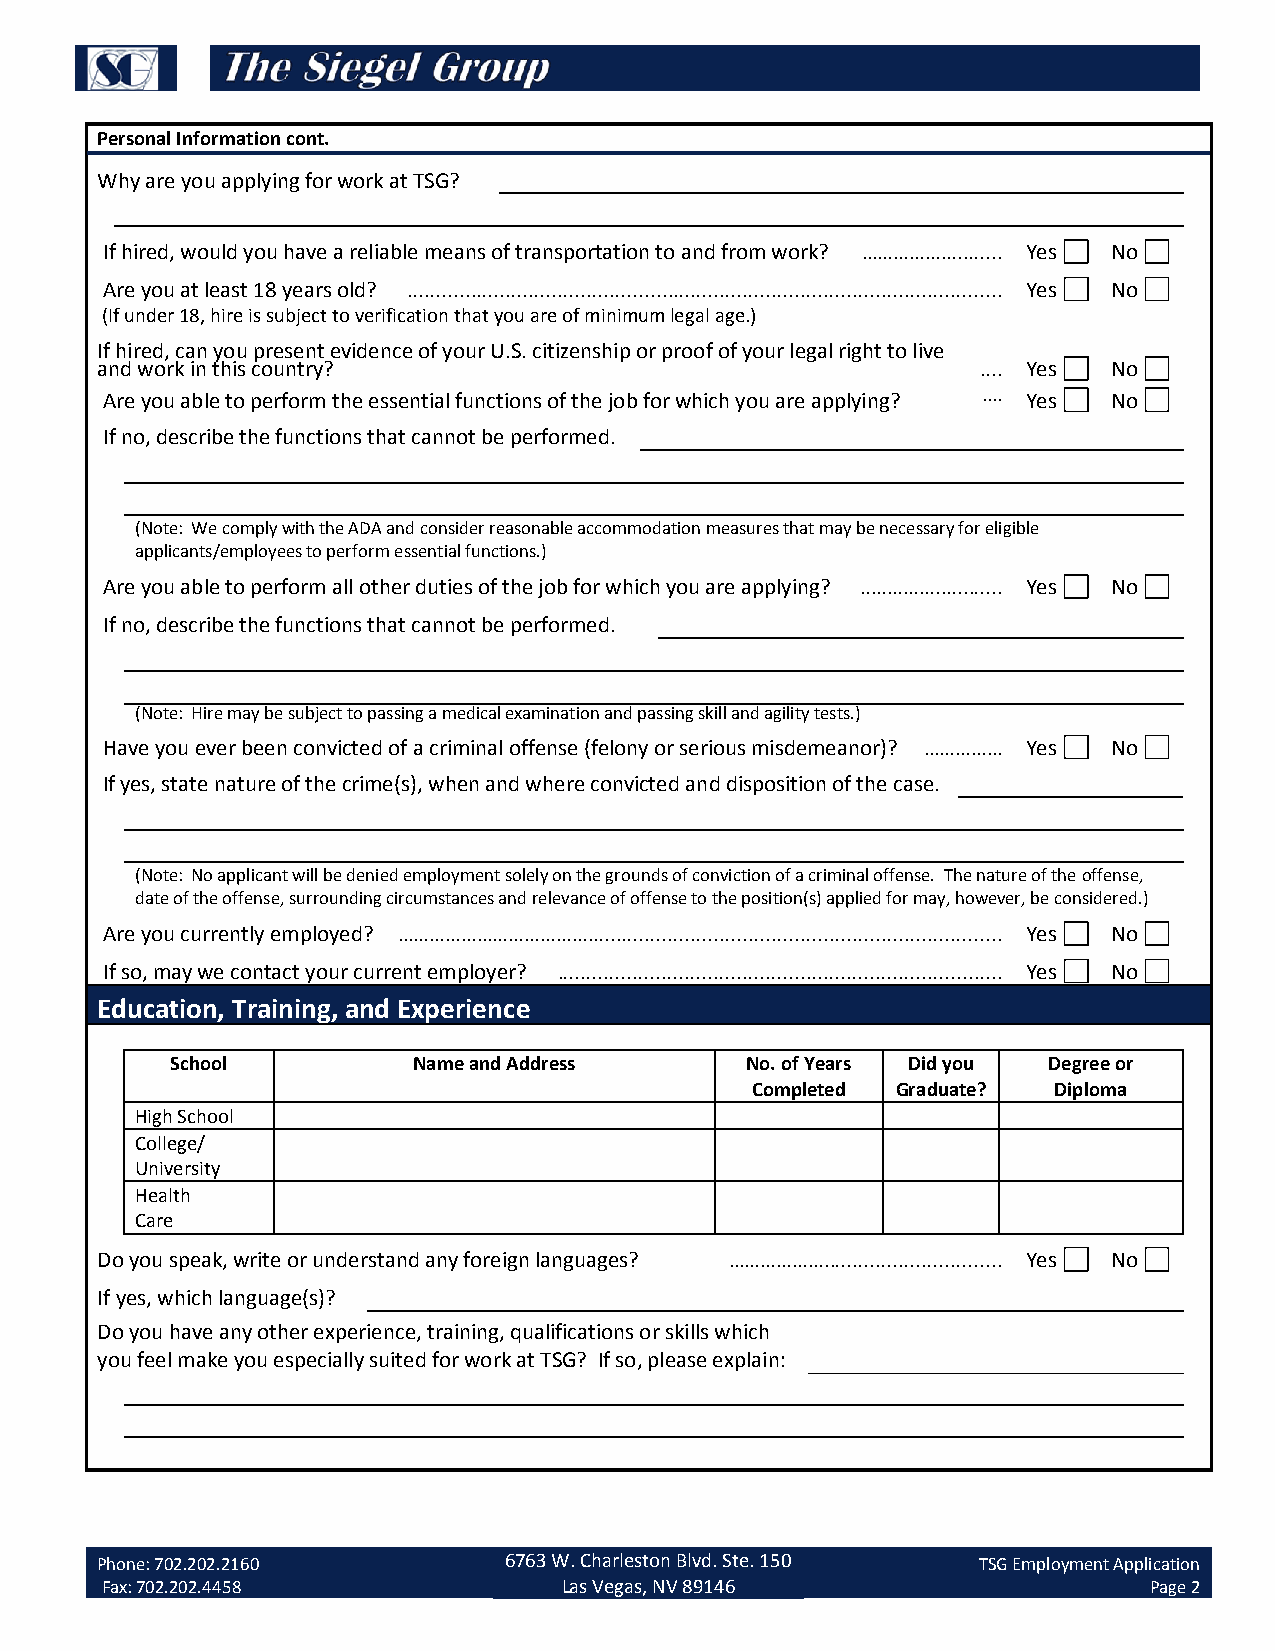
Personal Information cont.
 Why are you applying for work at TSG?
 If hired, would you have a reliable means of transportation to and from work? ………………........ Yes No
 Are you at least 18 years old? ....................................................................................................... Yes No
 (If under 18, hire is subject to verification that you are of minimum legal age.)
 If hired, can you present evidence of your U.S. citizenship or proof of your legal right to live
 and work in this country?                                  .... Yes No
 Are you able to perform the essential functions of the job for which you are applying? .… Yes No
 If no, describe the functions that cannot be performed.
 (Note: We comply with the ADA and consider reasonable accommodation measures that may be necessary for eligible
 applicants/employees to perform essential functions.)
 Are you able to perform all other duties of the job for which you are applying? ..………….…........ Yes No
 If no, describe the functions that cannot be performed.
 (Note: Hire may be subject to passing a medical examination and passing skill and agility tests.)
 Have you ever been convicted of a criminal offense (felony or serious misdemeanor)? …………… Yes No
 If yes, state nature of the crime(s), when and where convicted and disposition of the case.
 (Note: No applicant will be denied employment solely on the grounds of conviction of a criminal offense. The nature of the offense,
 date of the offense, surrounding circumstances and relevance of offense to the position(s) applied for may, however, be considered.)
 Are you currently employed? …………………………………..................................................................... Yes No
 If so, may we contact your current employer? ............................................................................. Yes No
 Education, Training, and Experience
 School          Name and Address      No. of Years Did you Degree or
 Completed Graduate? Diploma
 High School
 College/
 University
 Health
 Care
 Do you speak, write or understand any foreign languages? ………………............................... Yes No
 If yes, which language(s)?
 Do you have any other experience, training, qualifications or skills which
 you feel make you especially suited for work at TSG? If so, please explain:
 Phone: 702.202.2160        6763 W. Charleston Blvd. Ste. 150 TSG Employment Application
 Fax: 702.202.4458             Las Vegas, NV 89146                    Page 2